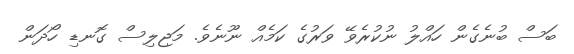
ބަސް ބުނެގެން ހައްލު ނުކުރެވޭ ވަރުގެ ކަމެއް ނޫނެވެ. މަޖިލިސް ގޮނޑި ހޯދަން